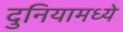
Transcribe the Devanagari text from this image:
दुनियामध्ये